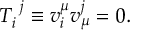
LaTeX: T _ { i } ^ { ~ j } \equiv v _ { i } ^ { \mu } v _ { \mu } ^ { j } = 0 .